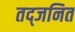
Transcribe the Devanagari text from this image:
तद्जनित